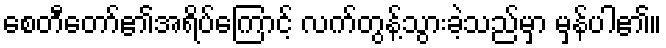
စေတီတော်၏အရိပ်ကြောင့် လက်တွန့်သွားခဲ့သည်မှာ မှန်ပါ၏။